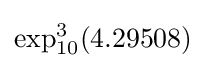
\exp _{10}^{3}(4.29508)